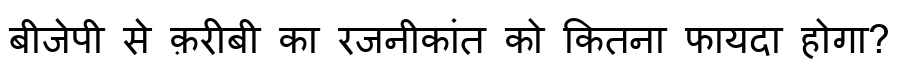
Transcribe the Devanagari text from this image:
बीजेपी से क़रीबी का रजनीकांत को कितना फायदा होगा?